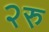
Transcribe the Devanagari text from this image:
२रु